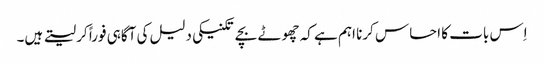
اِس بات کا احساس کرنا اہم ہے کہ چھوٹے بچے تکنیکی دلیل کی آگاہی فوراً کر لیتے ہیں۔